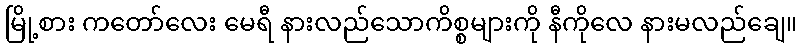
မြို့စား ကတော်လေး မေရီ နားလည်သောကိစ္စများကို နီကိုလေ နားမလည်ချေ။